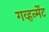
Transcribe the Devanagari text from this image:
गव्हर्न्मेंट